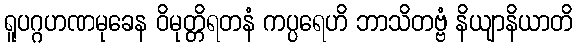
ရူပဂ္ဂဟဏမုခေန ဝိမုတ္တိရတနံ ကပ္ပရေဟိ ဘာသိတဗ္ဗံ နိယျာနိယာတိ